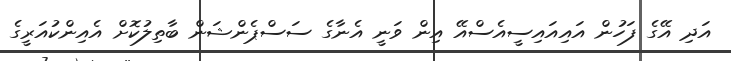
އަދި އޭގެ ފަހުން އައިއައިސީއެސްއޭ އިން ވަނީ އެނާގެ ސަސްޕެންޝަން ބާތިލުކޮށް އެއިންކުއަރީގެ